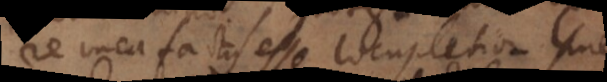
re mea factus esse locupletior sine